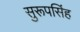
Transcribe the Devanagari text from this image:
सुरूपसिंह